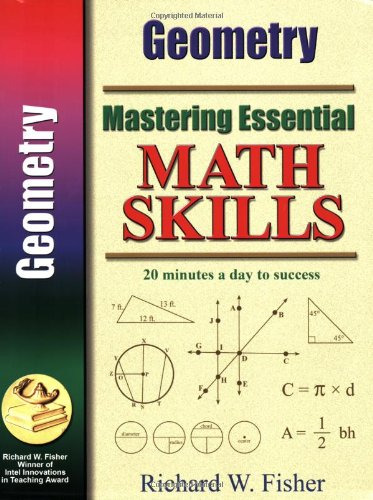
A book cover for Mastering Essential Math Skills GEOMETRY; Richard W. Fisher; Science & Math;